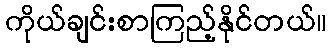
ကိုယ်ချင်းစာကြည့်နိုင်တယ်။